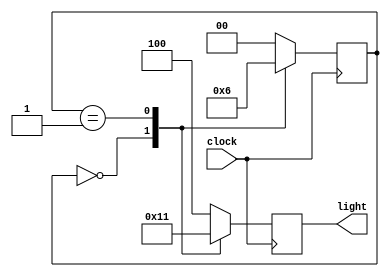
`timescale 1ns / 1ps
//////////////////////////////////////////////////////////////////////////////////
// Company: 
// Engineer: 
// 
// Design Name: 
// Module Name: cyclick_lamp
// Project Name: 
// Target Devices: 
// Tool Versions: 
// Description: 
// 
// Dependencies: 
// 
// Revision:
// Revision 0.01 - File Created
// Additional Comments:
// 
//////////////////////////////////////////////////////////////////////////////////



module cyclic_lamp (clock, light); 
  input  clock; 
  output reg [0:2]  light; 
  parameter  S0=0, S1=1, S2=2; 
  parameter  RED=3'b100, GREEN=3'b010, YELLOW=3'b001; 
  reg [0:1]  state; 
  always  @(posedge  clock) 
    case (state) 
      S0: begin          // S0 means RED 
            light <= GREEN;  state <= S1; 
          end 
      S1: begin          // S1 means GREEN 
            light <= YELLOW;  state <=  S2; 
          end 
      S2: begin          // S2 means YELLOW 
            light <= RED;  state <=  S0; 
          end 
      default: begin   
            light <= RED;   
            state <=  S0; 
          end 
    endcase 
endmodule